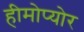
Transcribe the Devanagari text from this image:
हीमोप्योर